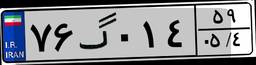
۷۱گ۱۴۹۵۳